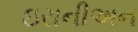
ઇરાનીઅન